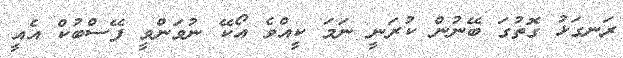
ރަނގަޅު ގޮތުގަ ބޭނުން ކުރަނީ ނަމަ ކީއްވެ އޯކޭ ނުވަންވީ ފޭސްބުކް އެއީ